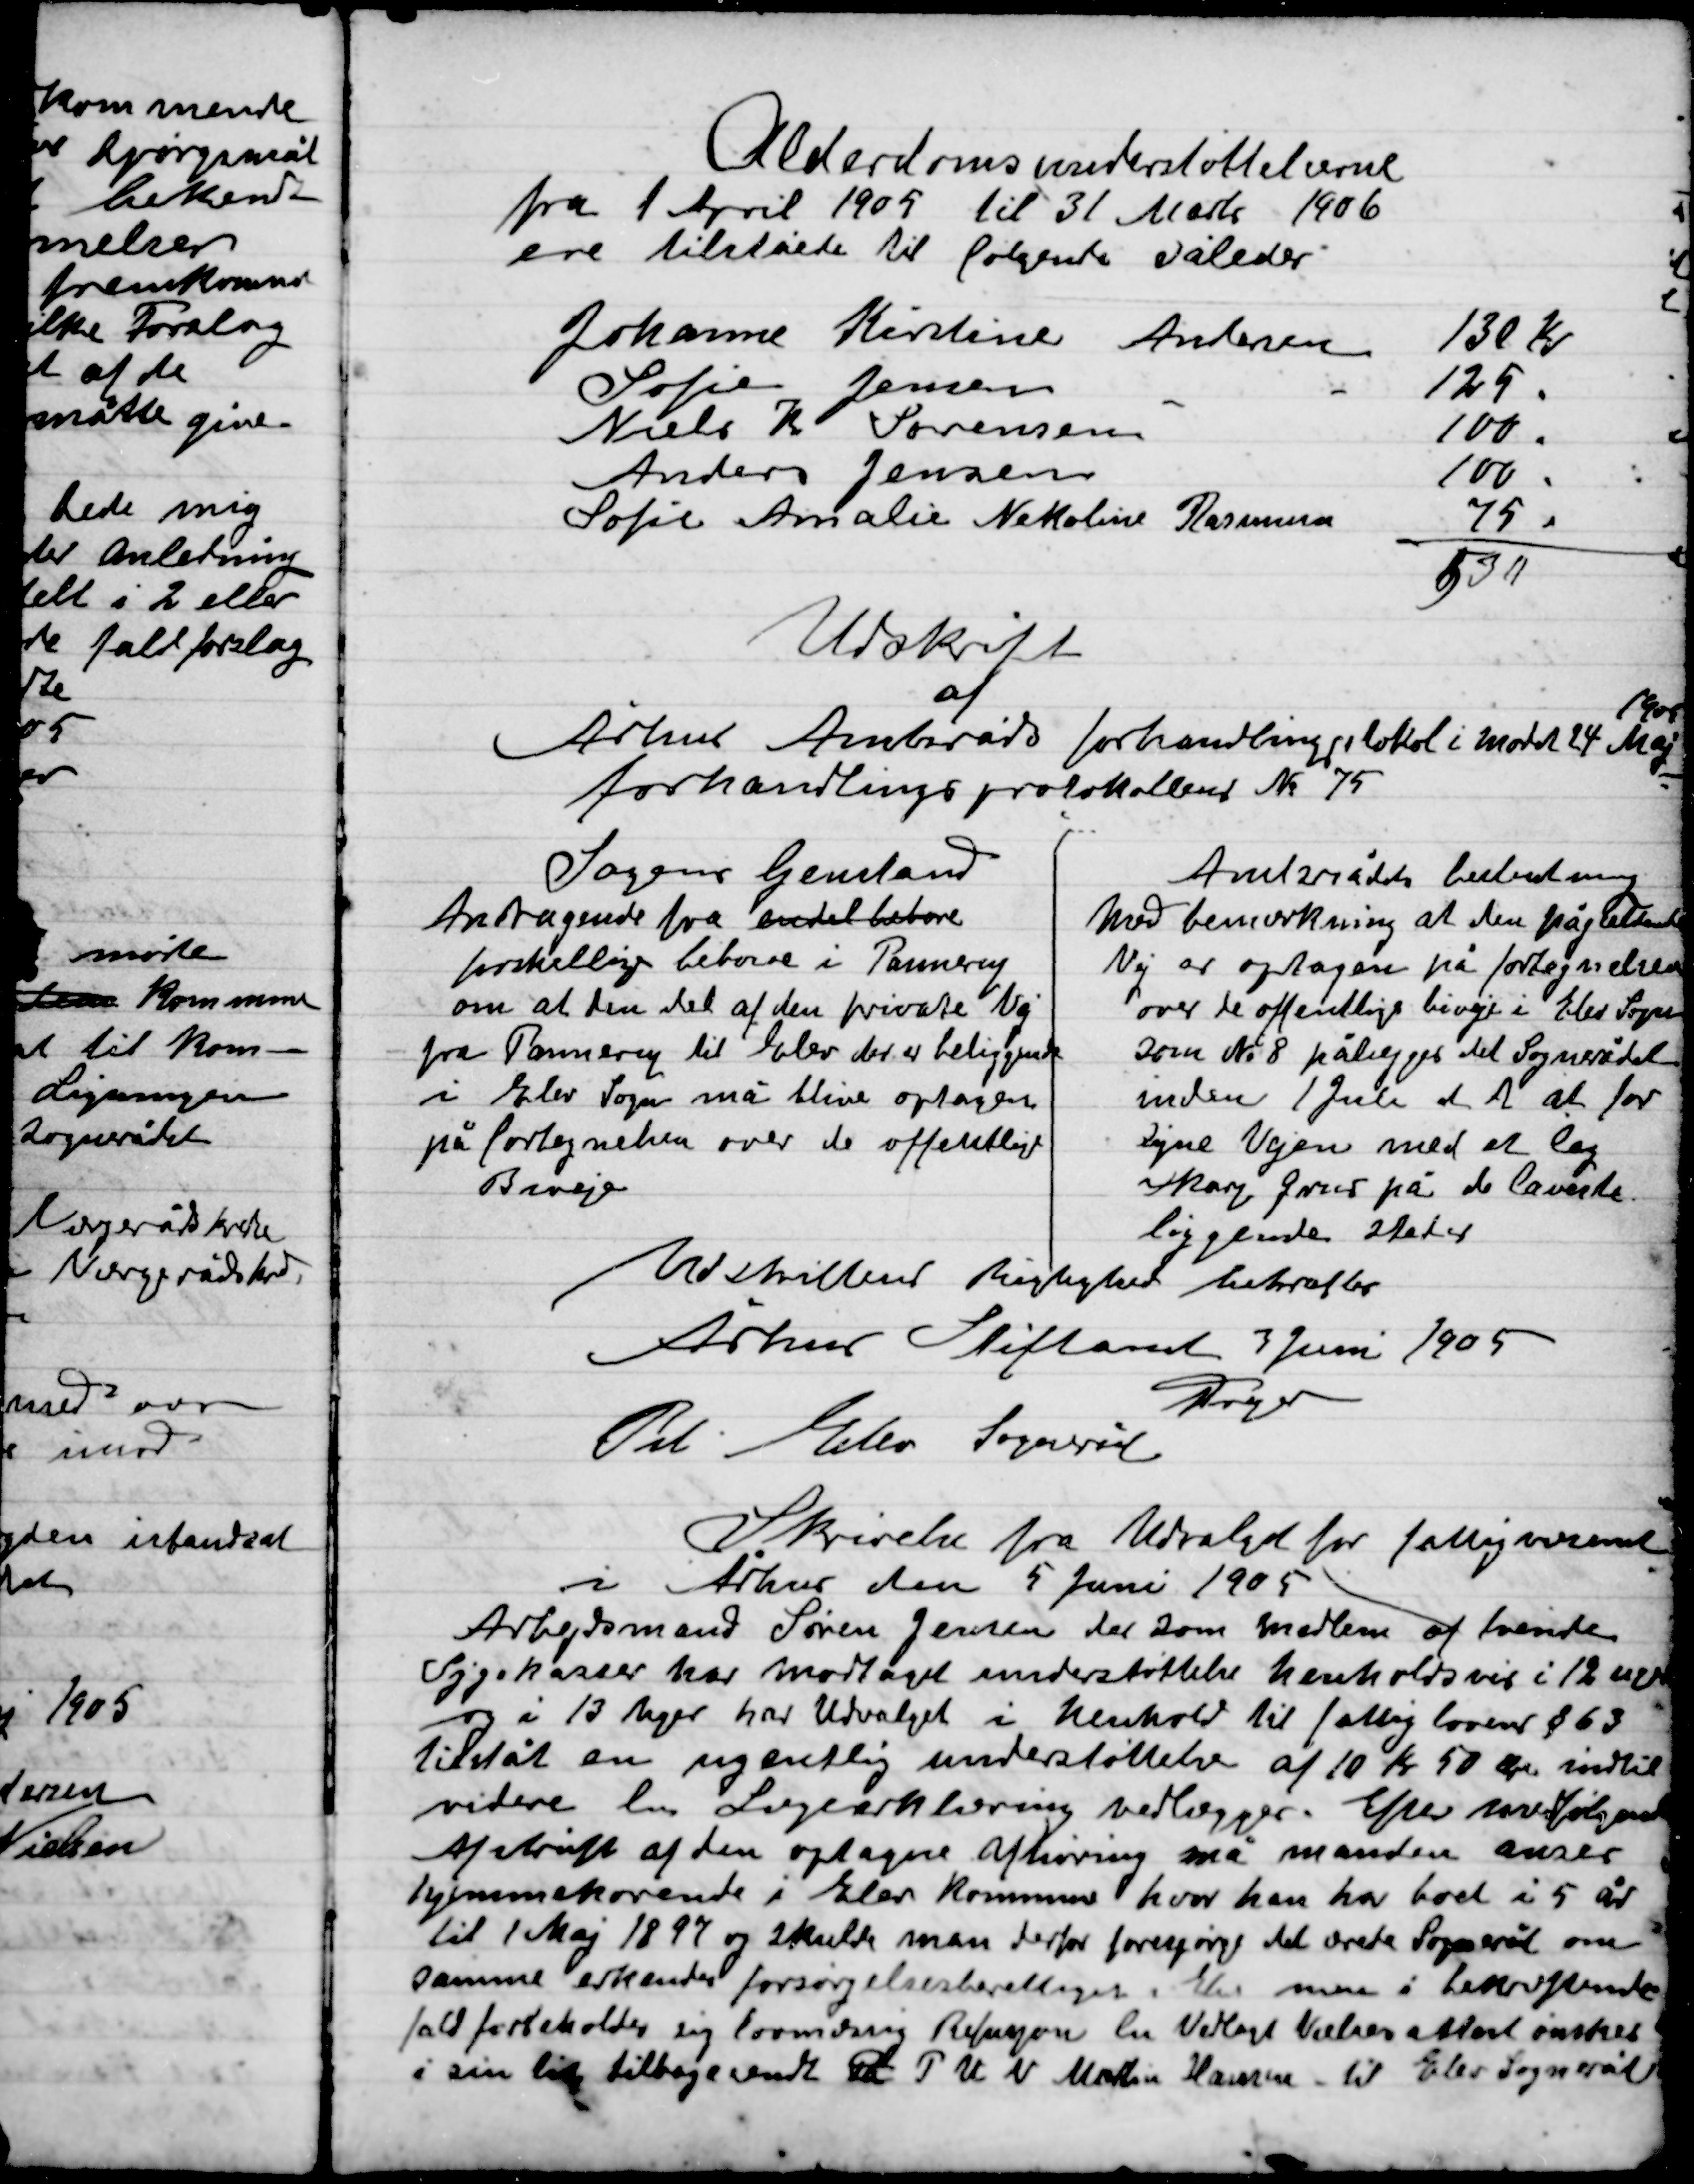
Transskription:
Udskrift 
af 
Århus Amtsråds forhandlingsprotokol i mødet 24 Marts Maj
1905
Forhandlingsprotokollen Nr 75

Sagens Genstand
Andragende fra en del beboere
forskellige beboere i Pannerup 
om at den del af den private vej
fra Pannerup til Elev der er beliggende
i Elev Sogne må blive optagen
på fortegnelsen over de offentlige
biveje

Amtsrådets beslutning
Med bemærkning at den pågældende 
Vej er optagen på fortegnelsen 
over de offentlige biveje i Elev Sogn
Som No 8 påligger det sognerådet 
Inden 1 Juli d. A. at for
ligne Vejen med et lag
skærvgrus på de laveste
liggende steder

Underskrift Be vitterlighed bekræfter
Århus Stiftsamt 3 Juli 1905
Dryer
Til Elev Sogneråd

Skrivelse fra Udvalget for fattigvæsenet 
I Århus den 5 juni 1905
Arbejdsmand Søren Jensen der medlem af tvende
Sygekasser har modtaget understøttelse henholdsvis i 12 uger
og i 13 uger har Udvalget i henholdt til fattigloven § 63
Tilstået en ugentlig understøttelse af 10 Kr. 50 øre indtil
videre den Lægeerklæring vedlægges. Efter medfølgende 
afskrift af den optagne afhøring må manden anses
hjemmehørende i Elev Kommune hvor han har boet i 5 år
til 1 Maj 1897 og skulle man derfor forespørge det ærede Sogneråd om
samme erkender forsørgelsesberettiget i Elev men i 
fald forbeholder sig lovlig Refusion en Vedlagt Lægeattest ønskes
i sin lid tilbagesendt
T.U.V. Martin Hansen 
til Elev Sogneråd